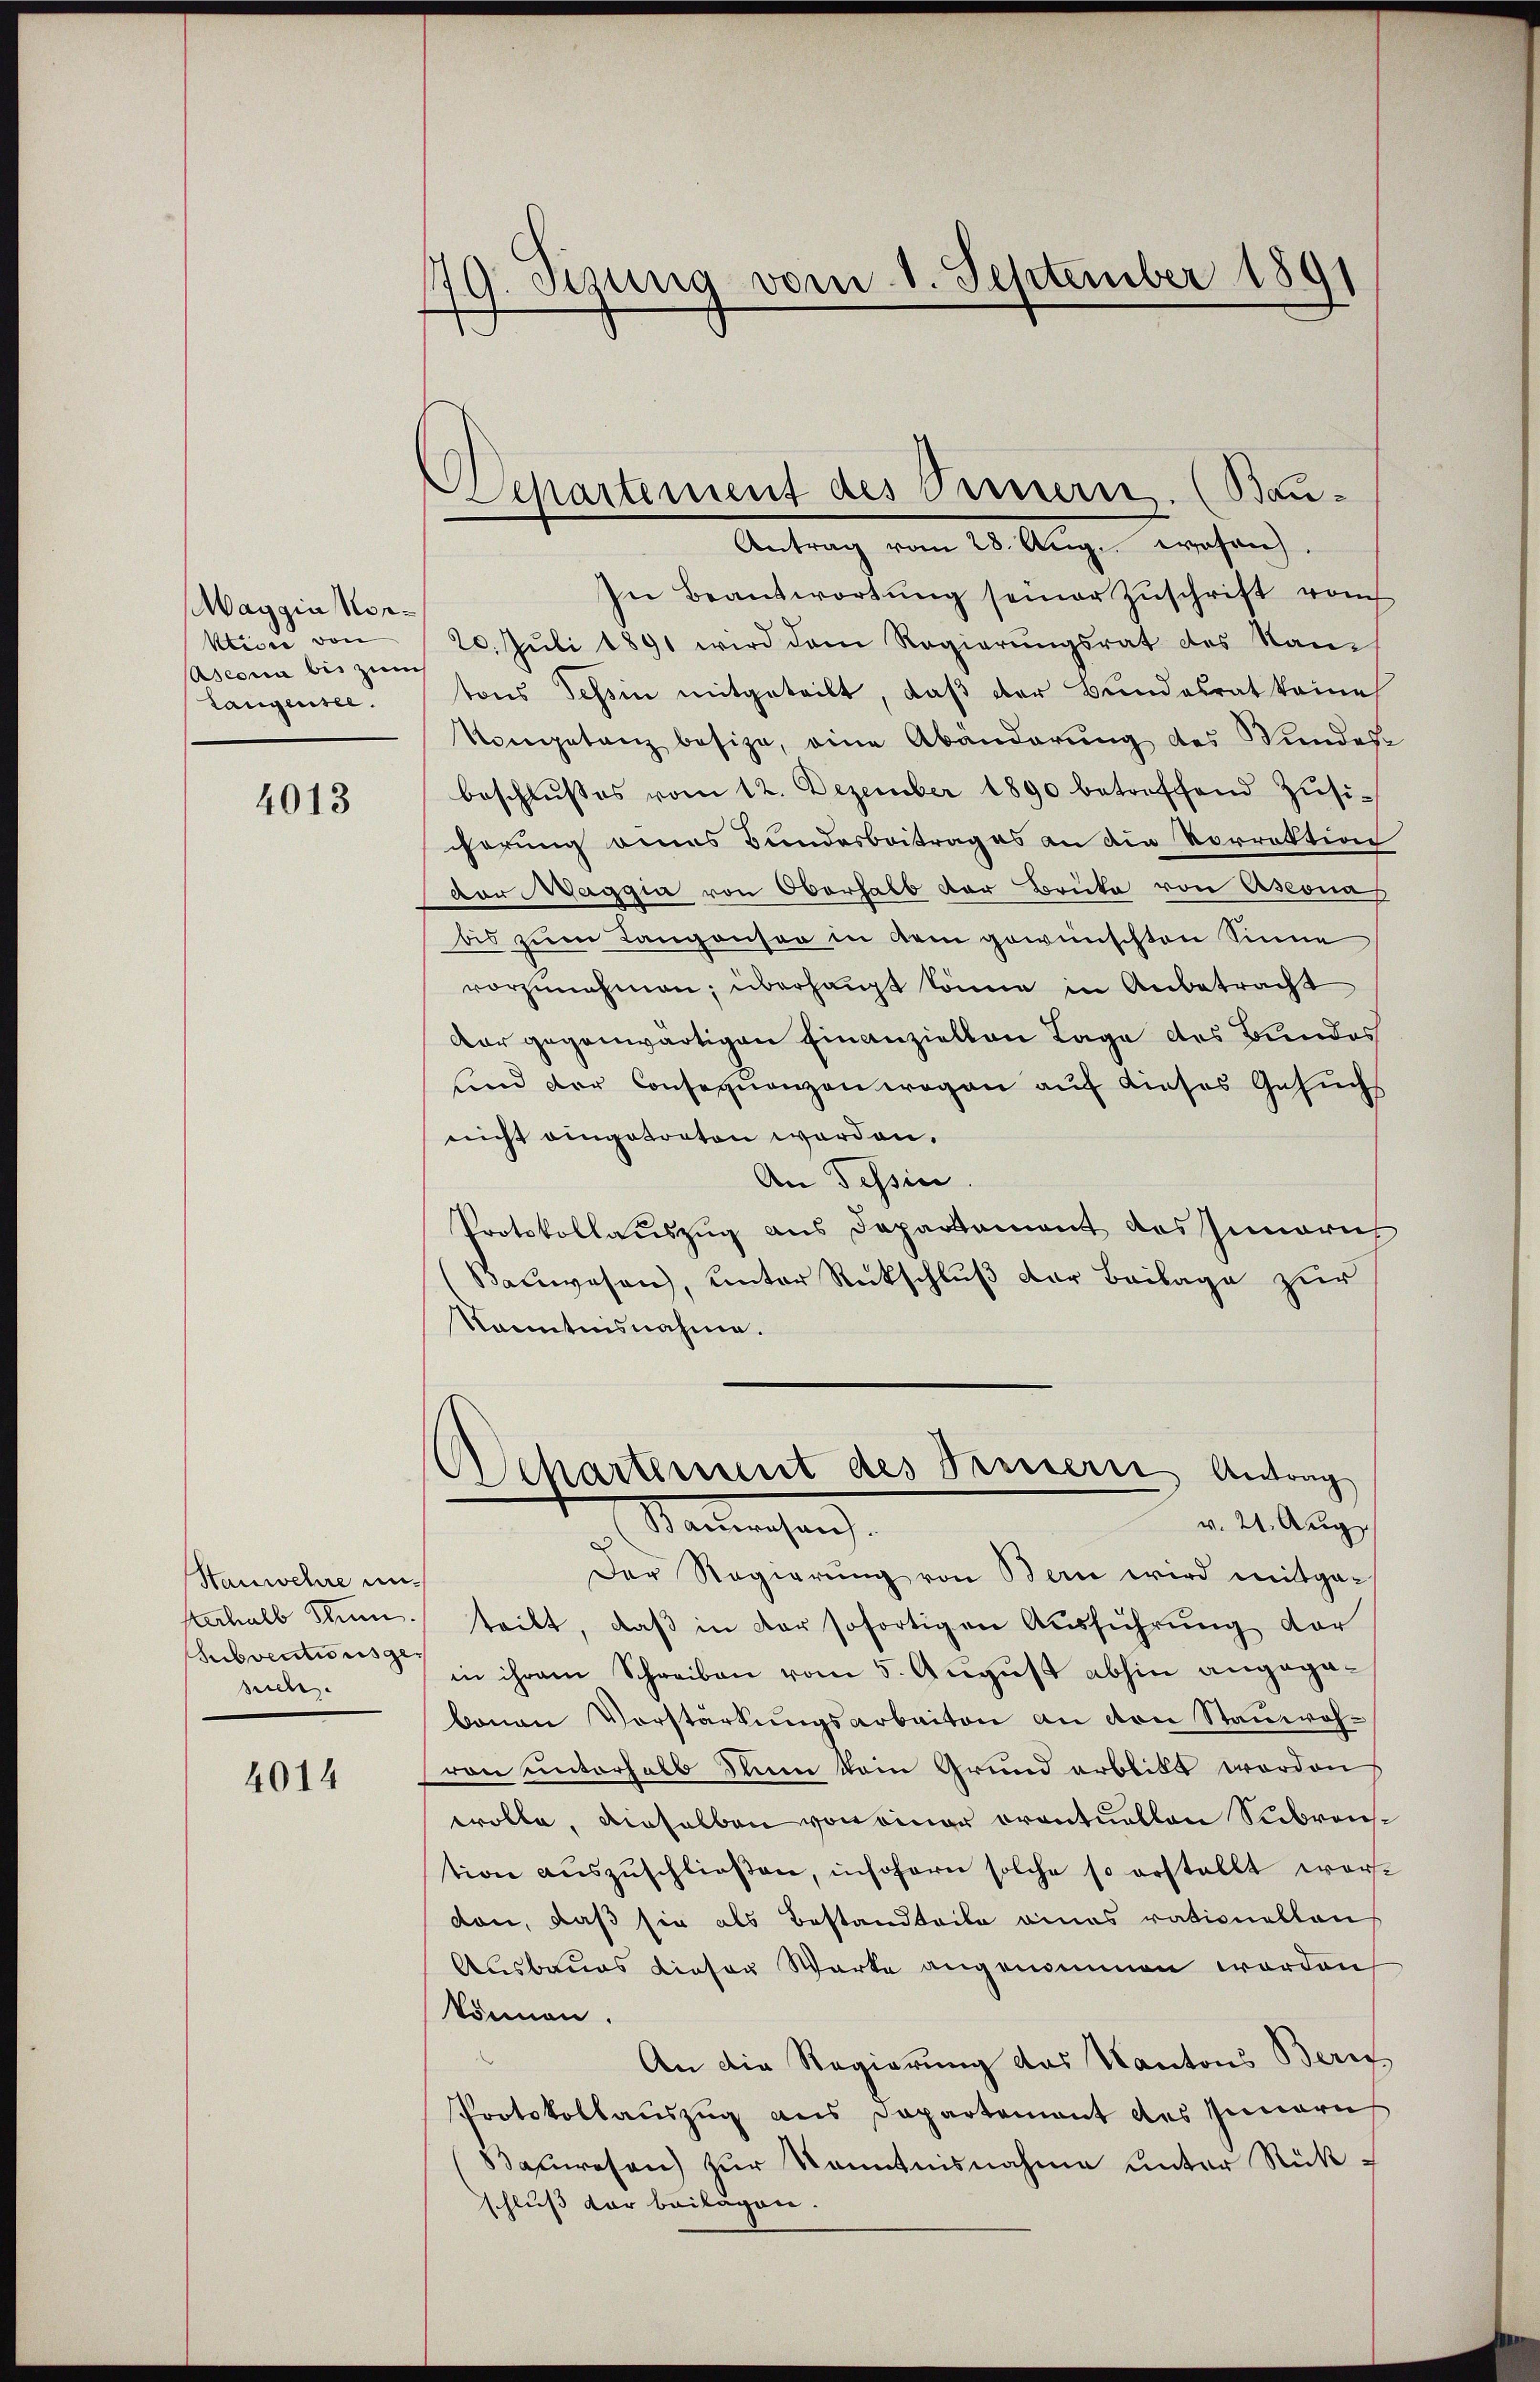
Maggia Horklisie von
Ascona bis zum
Langensee.

4013

Stanwehre unsterhalb Stum.
suche.

4014

79. Sizung vom 1. September 1891

Separtiment des Persterie. (Bau¬
Antrag vom 28. Aŭg. wesen.

In Beantwortŭng seiner Zŭschrift vom
20. Juli 1891 wird dem Regierŭngsrat des Nam
tons Tessin mitgeteilt, daß der Bundesrat keine
Kompetanz besize, eine Abänderung des Wundes
beschlußes vom 12. Dezember 1890 betreffend Züsihörung eines Bundesbeitrages an die Vorrektion
dor Maggia von Oberhalb der Brücke von Asconas
bis zum Langonsen in dem gewünschten Sinne
vorzunehmen; überhaupt könne in Anbetracht
dar gegenwärtigen Einanziellen Tage des Bundes
sind der Consequenzen wegen auf dieses Gesuchs
nicht eingetreten worden.
An Tessin
Protokollauszug aus Departement des Inneris
(Bauwesen, unter Rückschluß der Beilage zur
Kenntnisnahme.
Departement des Trennern Antrag
v. 21. Aug
Santrachen
Der Regierung von Bern wird mitgeteilt, daβ in der sofortigen Ausführung der
Subventums in ihrem Schreiben vom 5. August abhin angegabenen Vorstärkungsarbeiten an von Stauwohvon unterhalb dein kein Grund arblickt worden
evolle, dieselben von einer orentuellen Subrontion aŭszŭschließen, insofern solche so erstellt worvon, daß sie als Bestandteile eines rationellen
Ausbaues dieser Werke angenommen worden
können.
An die Regierung das Kantons Beric
Protokollauszug aus Departement des Inneru
(Bauwesen) zur Kenntnisnahme unter Rückschluß der beilagen.